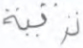
ترقية